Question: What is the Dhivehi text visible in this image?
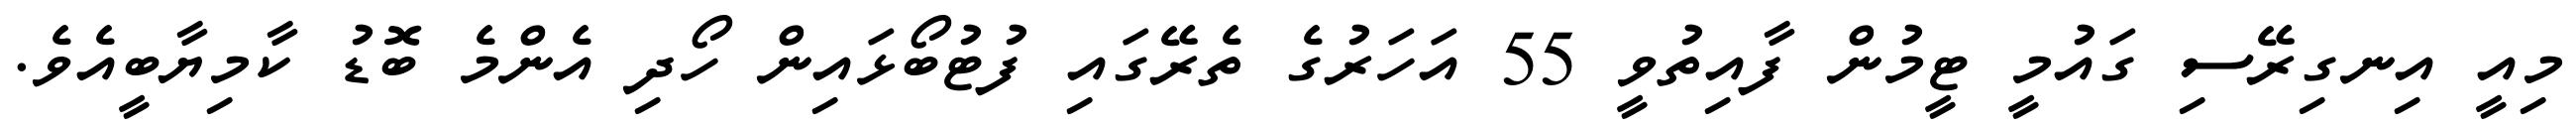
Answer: މިއީ އިނގިރޭސި ގައުމީ ޓީމުން ފާއިތުވީ 55 އަހަރުގެ ތެރޭގައި ފުޓުބޯޅައިން ހޯދި އެންމެ ބޮޑު ކާމިޔާބީއެވެ.